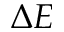
\Delta E